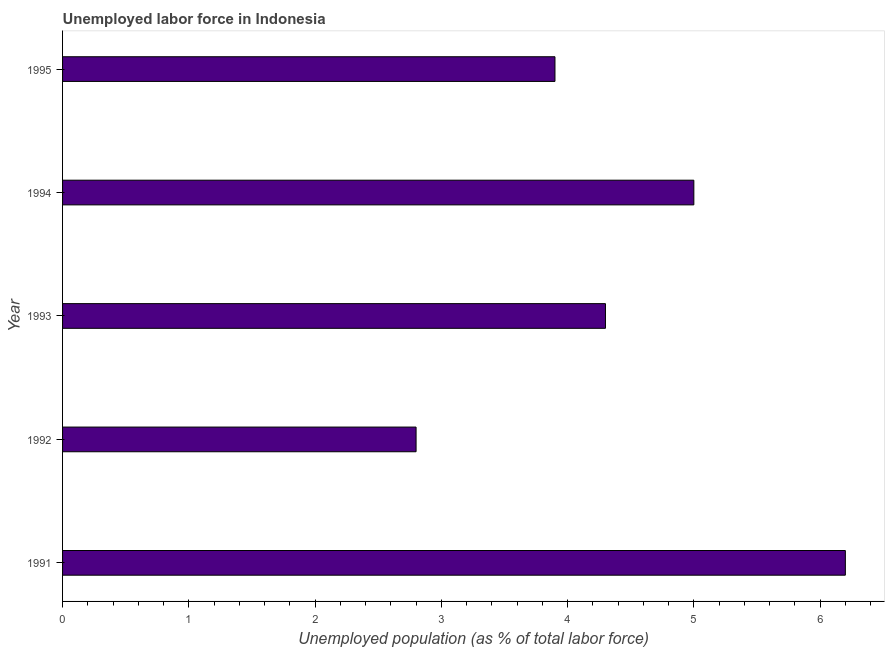
| Year | Unemployment |
 | --- | --- |
 | 1991 | 6.2 |
 | 1992 | 2.8 |
 | 1993 | 4.3 |
 | 1994 | 5 |
 | 1995 | 3.9 |